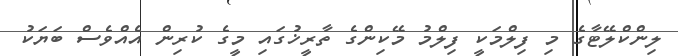
ލިންކްލޭޓާގެ މި ފިލްމަކީ ފިލްމު މޭކިންގެ ތާރީޚުގައި މީގެ ކުރިން އެއްވެސް ބަޔަކު